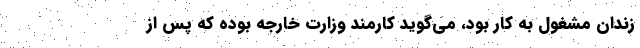
زندان مشغول به کار بود، می‌گوید کارمند وزارت خارجه بوده که پس از